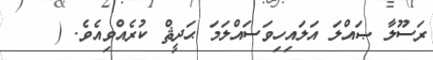
ރަސޫލާ ޞައްލަ އަލައިހިވަސައްލަމަ ޙަދީޘް ކުރެއްވިއެވެ. (